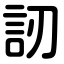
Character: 訒